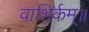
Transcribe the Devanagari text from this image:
वाशिर्कम्॥